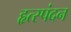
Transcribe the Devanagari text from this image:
हृत्स्पंदन